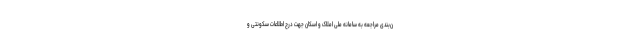
ن‌بندی مراجعه به سامانه ملی املاک و اسکان جهت درج اطلاعات سکونتی و